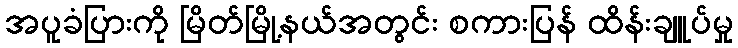
အပူခံပြားကို မြိတ်မြို့နယ်အတွင်း စကားပြန် ထိန်းချူပ်မှု